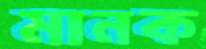
মানক